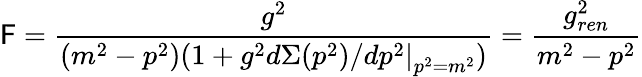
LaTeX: \mathsf{F}=\frac{{g^{2}}}{{(m^{2}-p^{2})(1+g^{2}\left.d\Sigma(p^{2})/dp^{2}\right|_{p^{2}=m^{2}})}}=\frac{{g_{ren}^{2}}}{{m^{2}-p^{2}}}